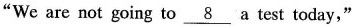
"We are not going to \underline{8} a test today,"